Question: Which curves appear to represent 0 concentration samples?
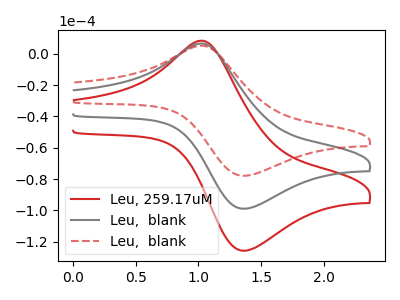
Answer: <think>The red curve "Leu, 259.17uM" has an anodic peak at (1.00V, 13.15uA) and a cathodic peak at (1.35V, -197.85uA). The gray curve "Leu,  blank" has an anodic peak at (1.00V, 6.55uA) and a cathodic peak at (1.35V, -98.90uA). The red dashed curve "Leu,  blank" has an anodic peak at (1.00V, 5.15uA) and a cathodic peak at (1.35V, -77.85uA).</think>
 <answer>There are not any CV's on this graph that are likely to be blanks.</answer>
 <eval>none</eval>